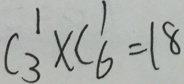
C _ { 3 } ^ { 1 } \times C _ { 6 } ^ { 1 } = 1 8